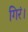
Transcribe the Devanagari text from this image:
गिरं।